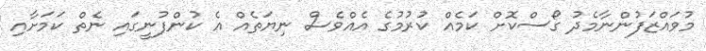
މުވައްޒަފުންނާމެދު ގޯސްކޮށް ކަމެއް ކުރުމުގެ އެއްވެސް ނިޔަތެއް އެ ކުންފުނީގައި ނެތް ކަމަށާއި